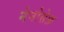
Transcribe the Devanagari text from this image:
नेनोसेफ़